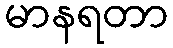
မာနရတာ